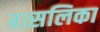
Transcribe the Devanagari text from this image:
बत्सलिका